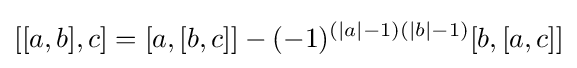
[[a,b],c]=[a,[b,c]]-(-1)^{(|a|-1)(|b|-1)}[b,[a,c]]